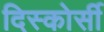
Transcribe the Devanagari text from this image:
दिस्कोर्सी